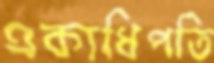
একাধিপতি